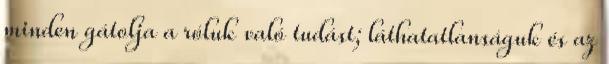
minden gátolja a róluk való tudást; láthatatlanságuk és az